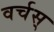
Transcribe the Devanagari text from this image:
वर्चस्